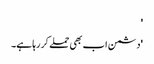
'
'دشمن اب بھی حملے کر رہا ہے۔